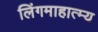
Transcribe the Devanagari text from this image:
लिंगमाहात्म्य